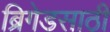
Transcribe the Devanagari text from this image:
ब्रिगेडसाठी